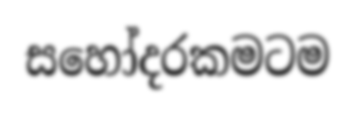
සහෝදරකමටම